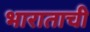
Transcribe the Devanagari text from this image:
भाराताची